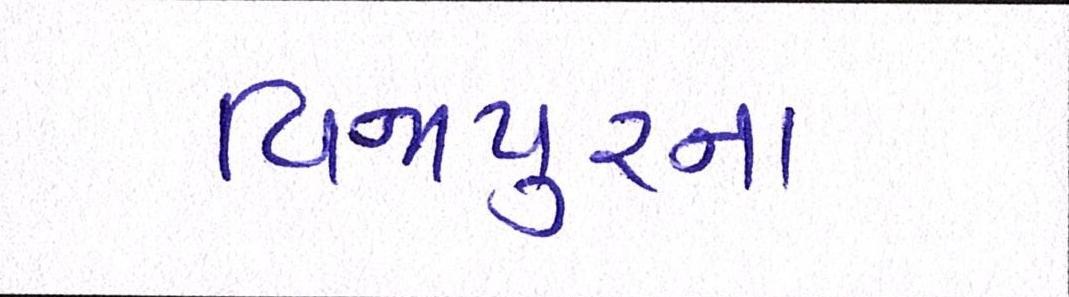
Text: વિજાપુરના